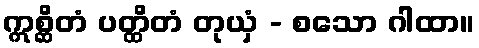
ဣစ္ဆိတံ ပတ္ထိတံ တုယှံ - စသော ဂါထာ။